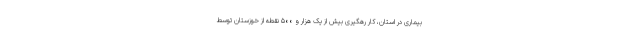
بیماری در استان، کار رهگیری بیش از یک هزار و ۵۰۰ نقطه از خوزستان توسط